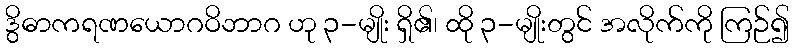
ဒွိဓာကရဏယောဂဝိဘာဂ ဟု ၃-မျိုး ရှိ၏၊ ထို ၃-မျိုးတွင် အလိုက်ကို ကြဉ်၍